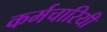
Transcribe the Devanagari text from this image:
कर्मचारियी